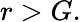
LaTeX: r>G.